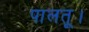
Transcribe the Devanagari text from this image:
पालतू।